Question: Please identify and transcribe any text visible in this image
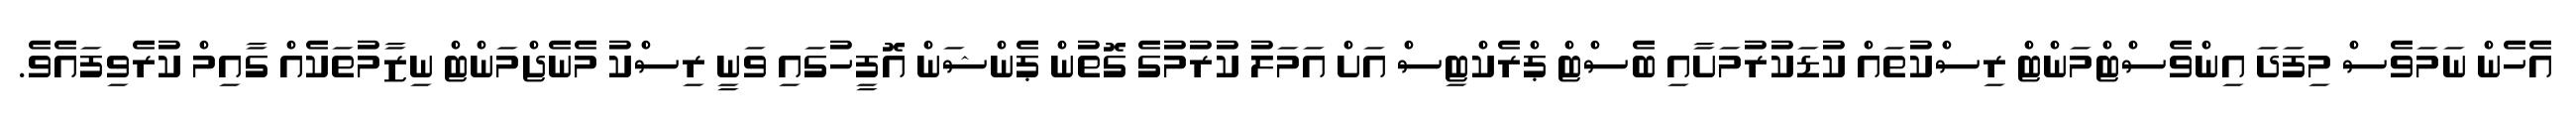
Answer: އެހެން ނަމަވެސް މިފަދަ އިންވެސްޓްމަންޓް ރިސްކުތައް ކުޑަކުރުމަށާއި ބެސްޓް ޕްރެކްޓިސް އަށް އަމަލު ކުރުމުގެ ގޮތުން ޕެންޝަން އޮފީހުގައި ވަނީ ރިސްކު މެނެޖްމަންޓް ނިޒާމުތަކެއް ގާއިމް ކުރެވިފައެވެ.